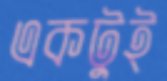
একটুই